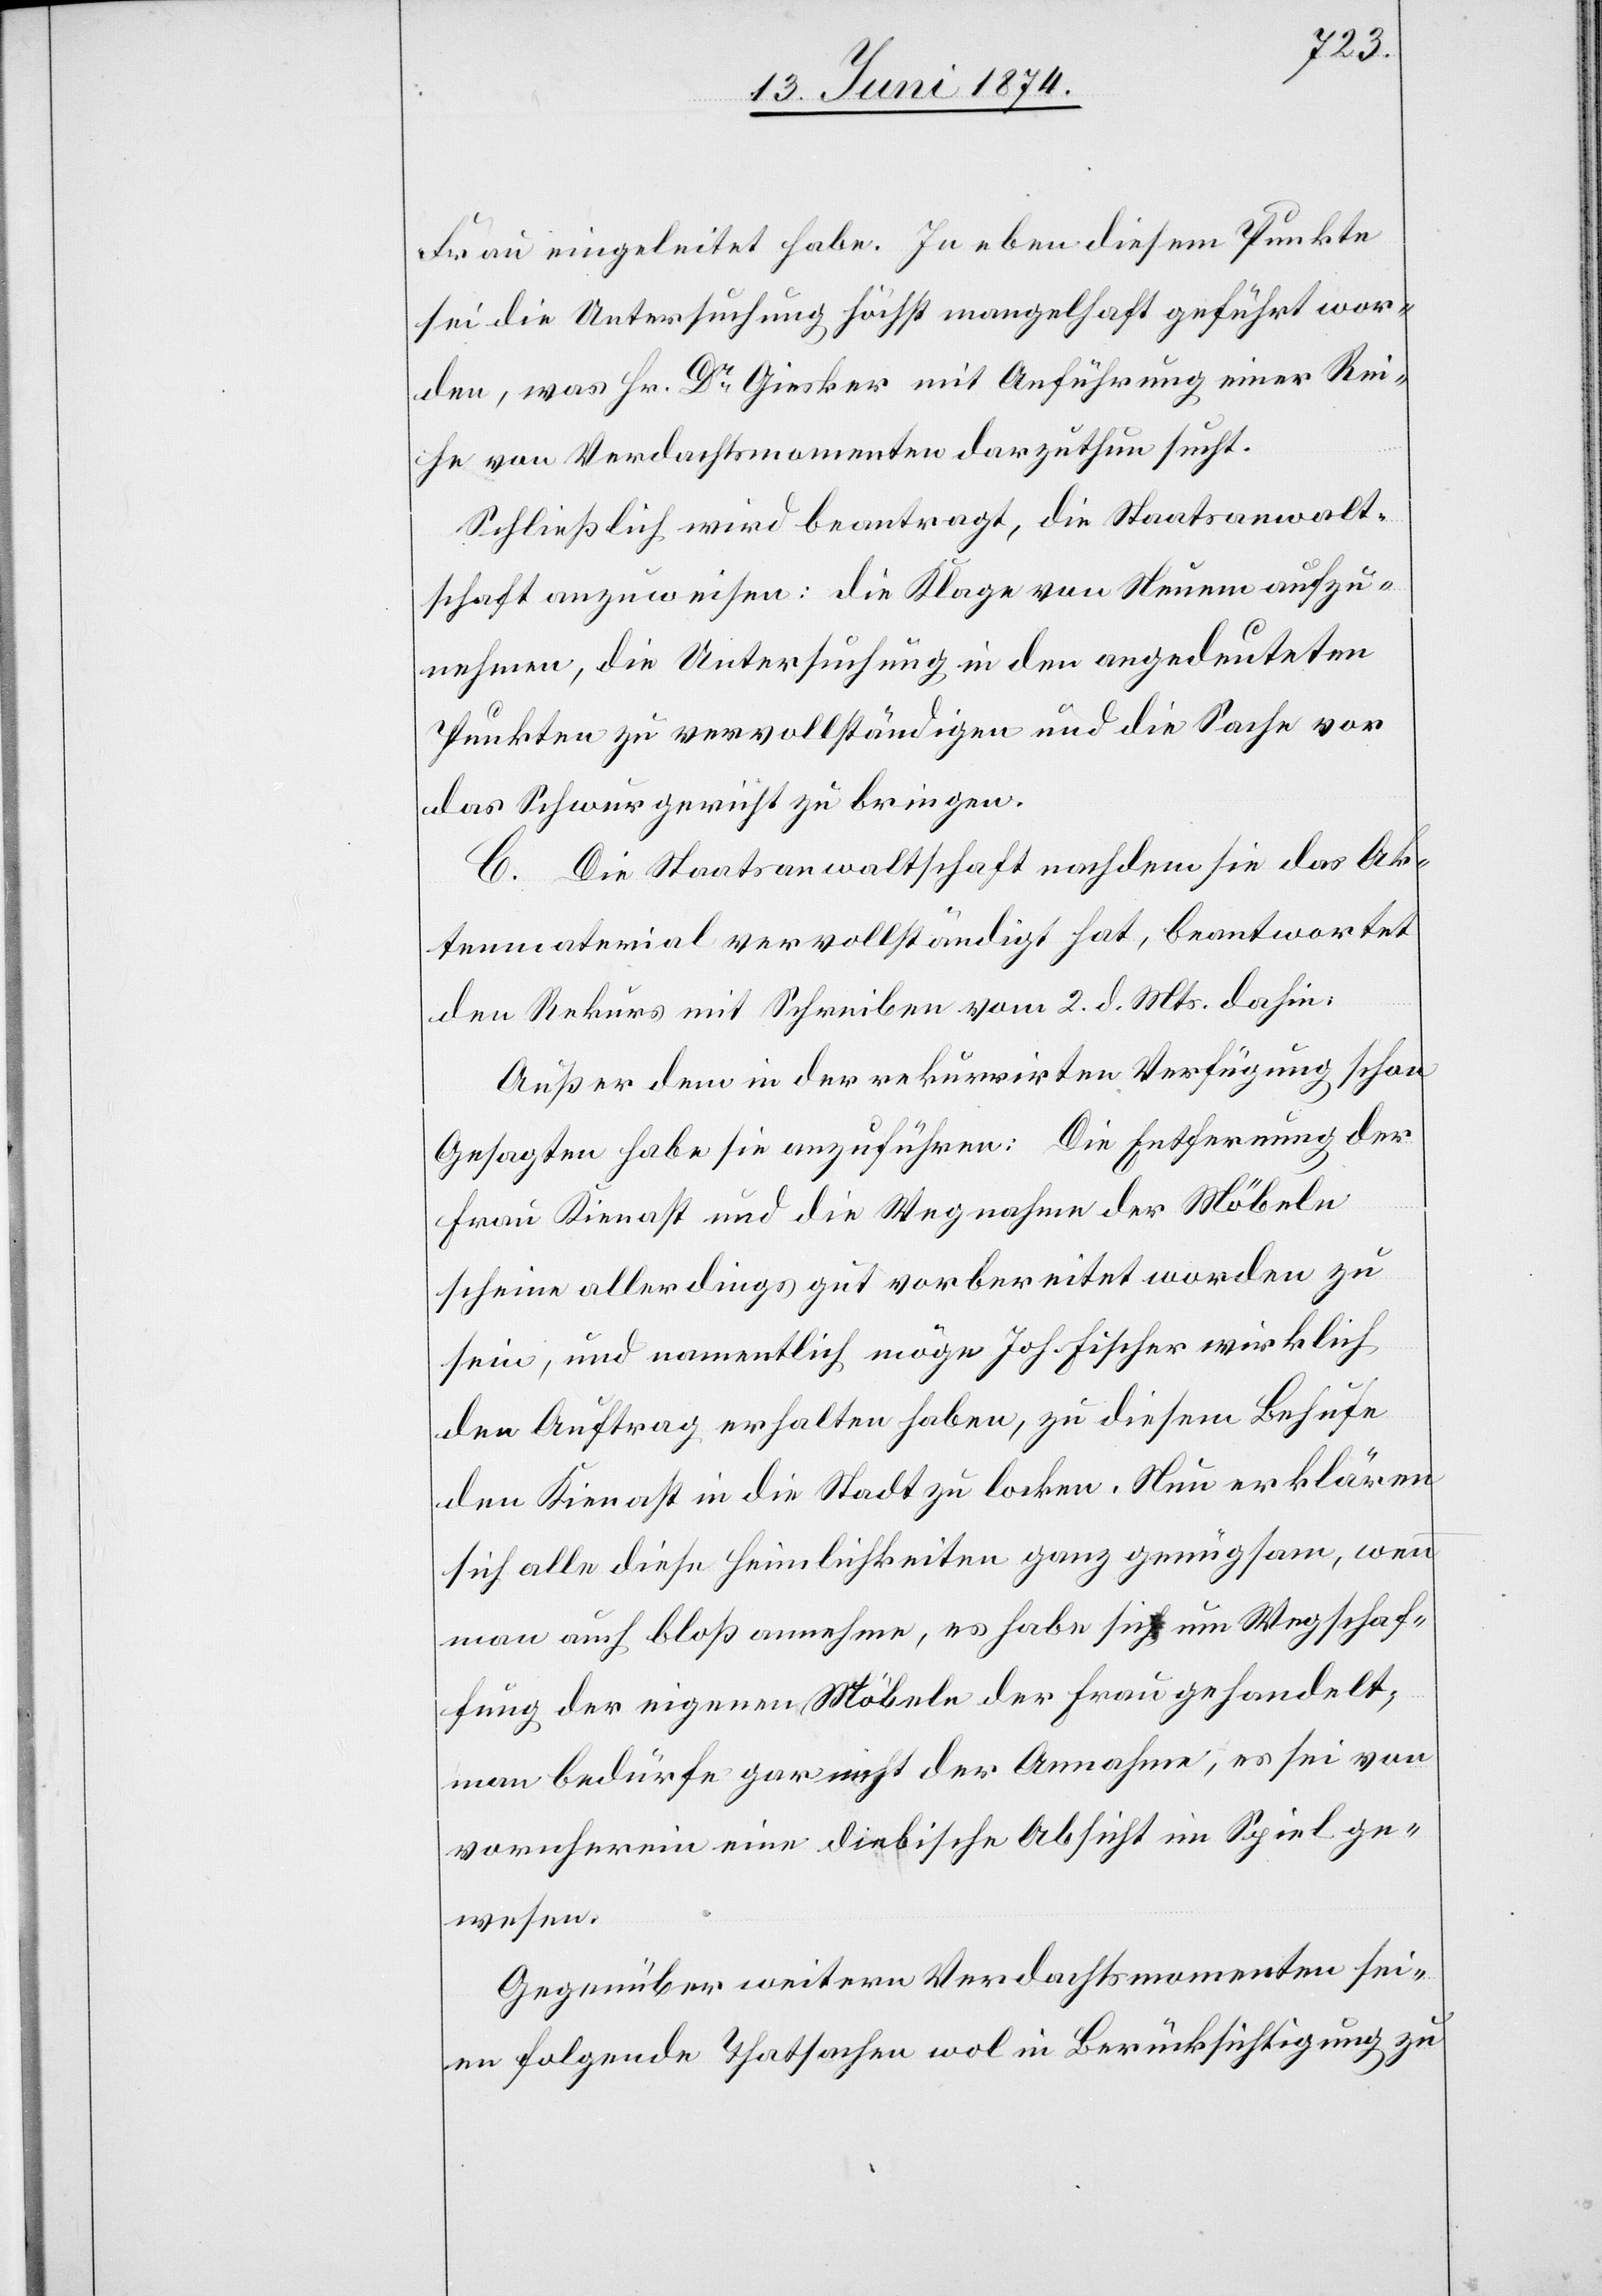
Frau eingeleitet habe. In eben diesem Punkte
sei die Untersuchung höchst mangelhaft geführt wor¬
den, was Hr. DrGiesker mit Anführung einer Rei¬
he von Verdachtsmomenten darzuthun sucht.
Schließlich wird beantragt, die Staatsanwalt¬
schaft anzuweisen: die Klage von Neuem aufzu¬
nehmen, die Untersuchung in den angedeuteten
Punkten zu vervollständigen und die Sache vor
das Schwurgericht zu bringen.
C. Die Staatsanwaltschaft nachdem sie das Ak¬
tenmaterial vervollständigt hat, beantwortet
den Rekurs mit Schreiben vom 2. d. Mts. dahin,
Außer dem in der rekurrirten Verfügung schon
Gesagten habe sie anzuführen: Die Entfernung der
Frau Kienast und die Wegnahme der Möbeln
scheine allerdings gut vorbereitet worden zu
sein, und namentlich möge Joh. Fischer wirklich
den Auftrag erhalten haben, zu diesem Behufe
den Kienast in die Stadt zu locken. Neu erklären
sich alle diese Heimlichkeiten ganz genügsam, wenn
man auch bloß annehme, es habe sich um Wegschaf¬
fung der eigenen Möbeln der Frau gehandelt,
man bedürfe gar nicht der Annahme, es sei von
vornherein eine diebische Absicht im Spiel ge¬
wesen.
Gegenüber weitern Verdachtsmomenten sei¬
en folgende Thatsachen wol in Berücksichtigung zu